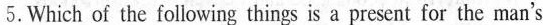
5. Which of the following things is a present for the man's